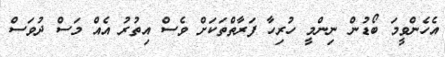
އެހެންވީމަ ބޯޑުން ނިންމީ ހުރިހާ ފަރާތްތަކަށް ވެސް އިތުރު އެއް މަސް ދުވަސް